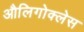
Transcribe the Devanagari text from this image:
औलिगोक्लेस